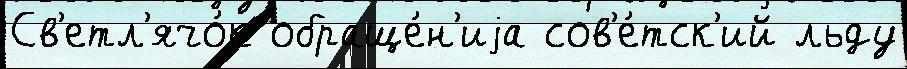
Св'етл'ячо́к обраще́н'иjа сов'е́тск'ий льду